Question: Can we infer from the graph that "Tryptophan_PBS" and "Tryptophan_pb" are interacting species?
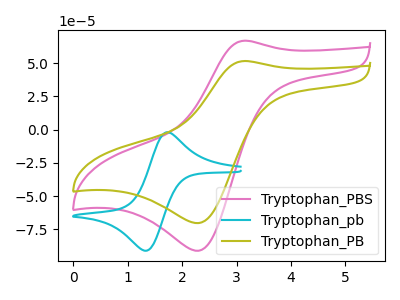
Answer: <think>The pink curve "Tryptophan_PBS" has an anodic peak at (3.15V, 67.00uA) and a cathodic peak at (2.30V, -91.15uA). The cyan curve "Tryptophan_pb" has an anodic peak at (1.70V, -2.00uA) and a cathodic peak at (1.35V, -91.20uA). The olive curve "Tryptophan_PB" has an anodic peak at (3.15V, 51.70uA) and a cathodic peak at (2.30V, -70.35uA).
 "Tryptophan_PBS" and "Tryptophan_pb" have at least one peak that do not match.</think>
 <answer>Yes, "Tryptophan_PBS" and "Tryptophan_pb" are different in shape.</answer>
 <eval>yes_change</eval>